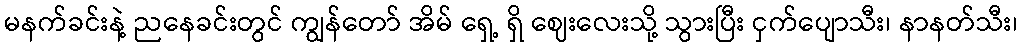
မနက်ခင်းနဲ့ ညနေခင်းတွင် ကျွန်တော် အိမ် ရှေ့ ရှိ ဈေးလေးသို့ သွားပြီး ငှက်ပျောသီး၊ နာနတ်သီး၊